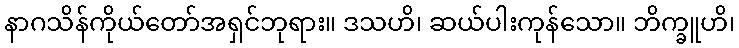
နာဂသိန်ကိုယ်တော်အရှင်ဘုရား။ ဒသဟိ၊ ဆယ်ပါးကုန်သော။ ဘိက္ခူဟိ၊